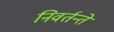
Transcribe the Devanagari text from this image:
निवर्तन्ते